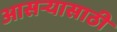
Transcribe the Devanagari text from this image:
आसऱ्यासाठी